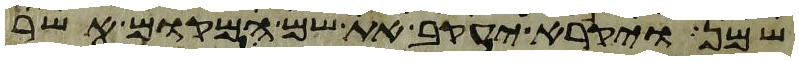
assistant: שמן ויקרא יעקב את שם המקום אשר